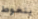
يتغوط